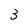
Character: 3